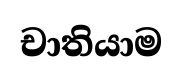
චාතියාම